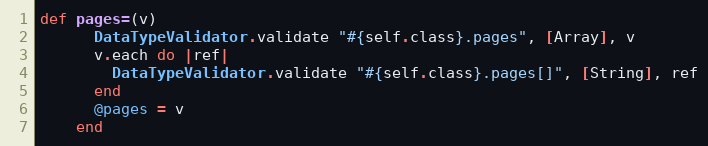
Language: Ruby
def pages=(v)
      DataTypeValidator.validate "#{self.class}.pages", [Array], v
      v.each do |ref|
        DataTypeValidator.validate "#{self.class}.pages[]", [String], ref
      end
      @pages = v
    end